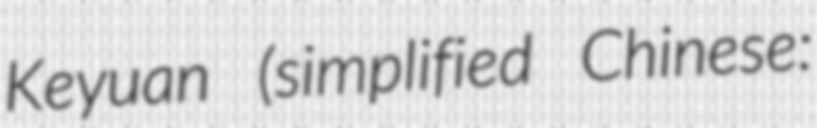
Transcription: Keyuan (simplified Chinese: